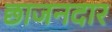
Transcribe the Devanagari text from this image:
छाजनदार